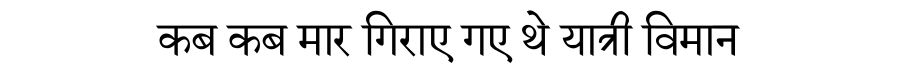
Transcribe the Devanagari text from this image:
कब कब मार गिराए गए थे यात्री विमान